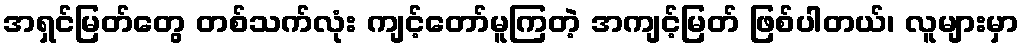
အရှင်မြတ်တွေ တစ်သက်လုံး ကျင့်တော်မူကြတဲ့ အကျင့်မြတ် ဖြစ်ပါတယ်၊ လူများမှာ